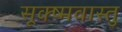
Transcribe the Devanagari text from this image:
सूक्ष्मवास्तु